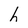
Character: h